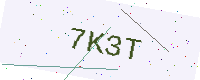
Text: 7K3T